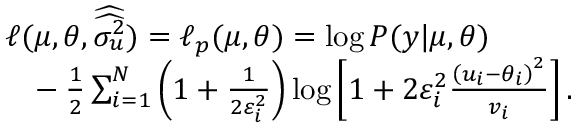
\begin{array} { r l } & { \ell ( \boldsymbol { \mu } , \boldsymbol { \theta } , \boldsymbol { \widehat { \widehat { \sigma _ { u } ^ { 2 } } } } ) = \ell _ { p } ( \boldsymbol { \mu } , \boldsymbol { \theta } ) = \log { P ( \boldsymbol { y } | \boldsymbol { \mu } , \boldsymbol { \theta } ) } } \\ & { \phantom { { = } } - \frac { 1 } { 2 } \sum _ { i = 1 } ^ { N } \left( 1 + \frac { 1 } { 2 \varepsilon _ { i } ^ { 2 } } \right) \log { \left[ 1 + 2 \varepsilon _ { i } ^ { 2 } \frac { \left( u _ { i } - \theta _ { i } \right) ^ { 2 } } { v _ { i } } \right] } \, . } \end{array}